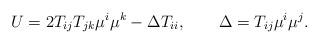
LaTeX: \begin{align*}U=2T_{ij}T_{jk} \mu^i \mu^k -\Delta T_{ii},\qquad\Delta=T_{ij}\mu^i \mu^j.\end{align*}